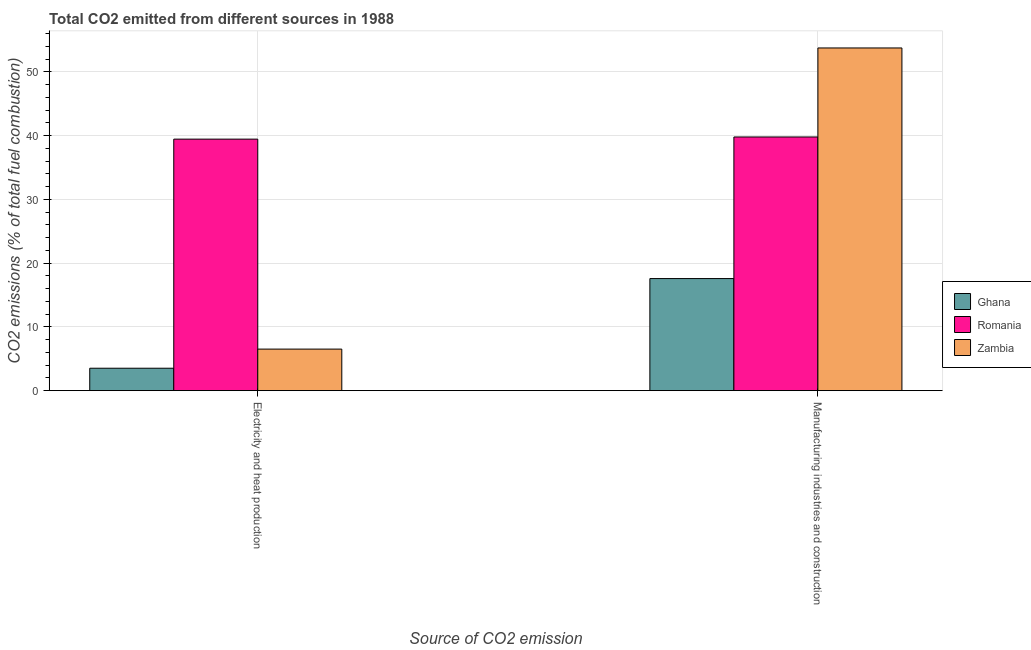
| Source of CO2 emission | Ghana | Romania | Zambia |
 | --- | --- | --- | --- |
 | Electricity and heat production | 3.52 | 39.4 | 6.51 |
 | Manufacturing industries and construction | 17.6 | 39.8 | 53.7 |